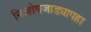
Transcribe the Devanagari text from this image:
निःशेषजाड्यापहा